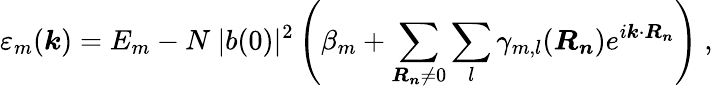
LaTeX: \varepsilon_{m}({\boldsymbol{k}})=E_{m}-N\ |b(0)|^{2}\left(\beta_{m}+\sum_{{\boldsymbol{R_{n}}}\neq 0}\sum_{l}\gamma_{m,l}({\boldsymbol{R_{n}}})e^{i{\boldsymbol{k}}\cdot{\boldsymbol{R_{n}}}}\right)\ ,